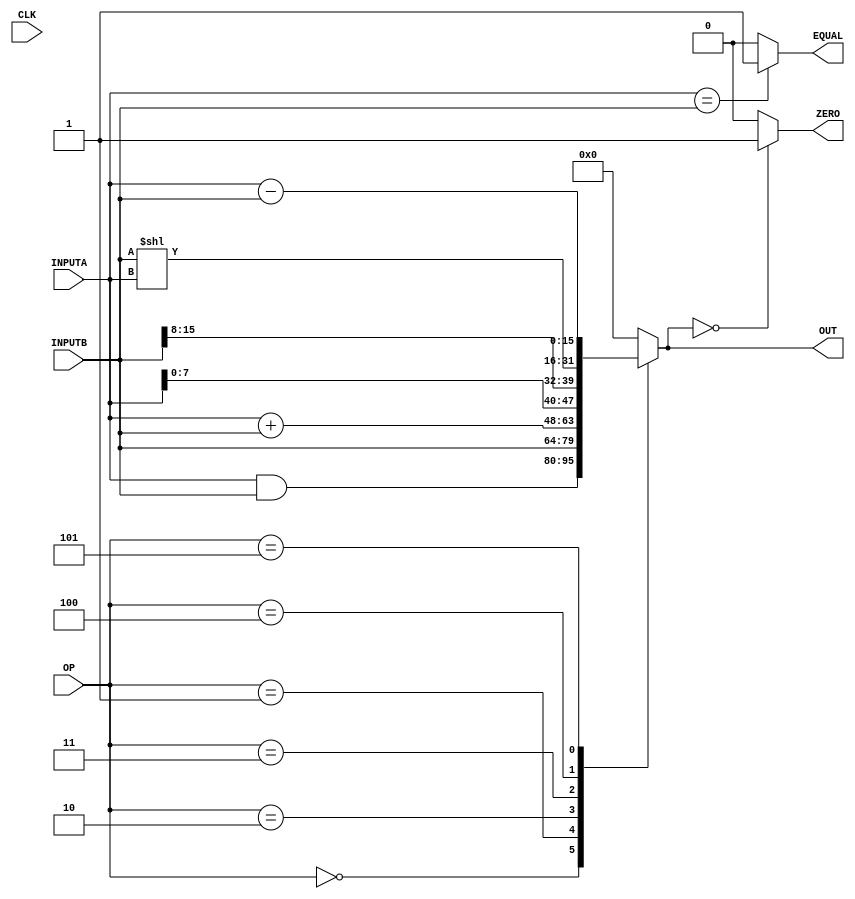
`timescale 1ns / 1ps
//////////////////////////////////////////////////////////////////////////////////
// Company: 
// Engineer: 
// 
// Design Name: 
// Module Name:    ALU 
// Project Name: 
// Target Devices: 
// Tool versions: 
// Description: 
//
// Dependencies: 
//
// Revision: 
// Revision 0.01 - File Created
// Additional Comments: 
//
//////////////////////////////////////////////////////////////////////////////////
module ALU(
    input CLK,
    input [2:0] OP,
    input [15:0] INPUTA,
    input [15:0] INPUTB,
    output reg [15:0] OUT,
    output reg ZERO,
	 output wire EQUAL
    );
	 
	assign EQUAL = (INPUTA == INPUTB) ? 1 : 0;
	
	always @(INPUTA, INPUTB, OP)
	begin
	
	case(OP)
		0 : OUT = INPUTA&INPUTB;
		1 : OUT = INPUTB;
		2 : OUT = INPUTA+INPUTB;
		3 : OUT = {INPUTA[7:0], INPUTB[15:8]};
		4 : OUT = INPUTB<<INPUTA;
		5 : OUT = INPUTA-INPUTB;
		default: OUT = 0;
	endcase
	 
	case(OUT)
		16'b0 : ZERO = 1'b1;
		default : ZERO = 1'b0;
	endcase
	//$display("ALU Out %d \n",OUT);
	end

endmodule